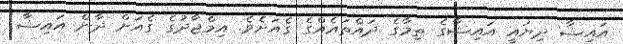
އައިޝާ ދިޔައީ އައިޝާގެ ތިމާގެ ދައްތައެއްގެ ގެއަށެވެ. އިމްޖާދުގެ ގެއަށް ދާން އައިޝާ